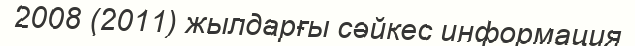
2008 (2011) жылдарғы сәйкес информация